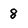
Character: 8